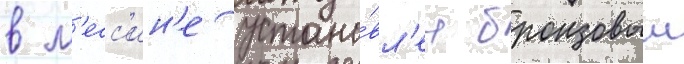
в м'есс'ин'е устано́вл'ен бронзовыи